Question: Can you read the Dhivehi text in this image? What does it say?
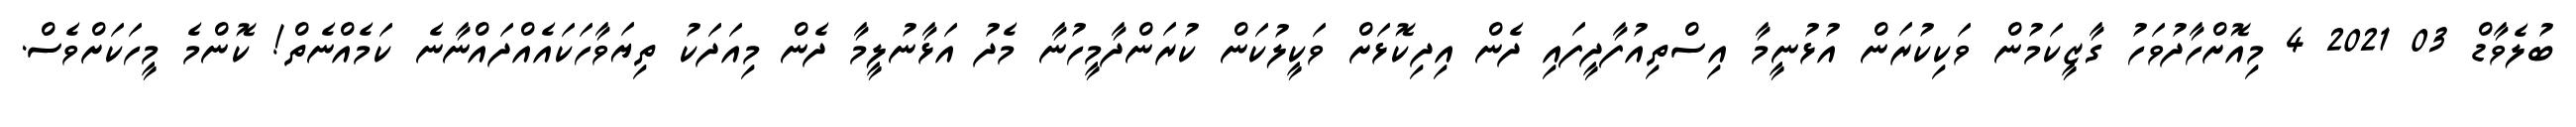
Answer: ބުލެވާޑް 03 2021 4 މިއޮށްހާދުވަހު ގާޒީކަމުން ވަކިކުރަން އުޅުނީމާ އިސްތިއުފާދީފައި ދެން އިދިކޮޅަށް ވަކީލުކަން ކުރަންދާމީހުނާ މެދު އަޅާނުލީމާ ދެން މިއަދަކު ތިޔަވާހަކައެއްދައްނާނެ ކަމެއްނެތް! ކޮންމެ މީހަކަށްވެސް.